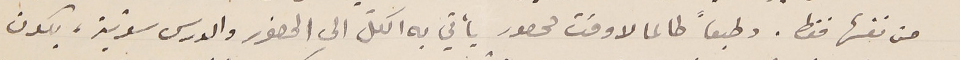
من نفسها فقط. وطبعاً طالما لاوقت محصور يأتي به الكلّ الى الحضور والدرس سويّة، يكون